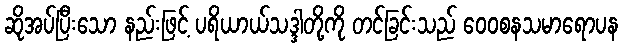
ဆိုအပ်ပြီးသော နည်းဖြင့် ပရိယာယ်သဒ္ဒါတို့ကို တင်ခြင်းသည် ဝေဝစနသမာရောပန